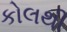
કોલથી